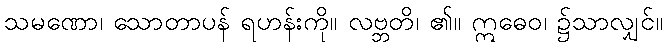
သမဏော၊ သောတာပန် ရဟန်းကို။ လဗ္ဘတိ၊ ၏။ ဣဓေဝ၊ ၌သာလျှင်။